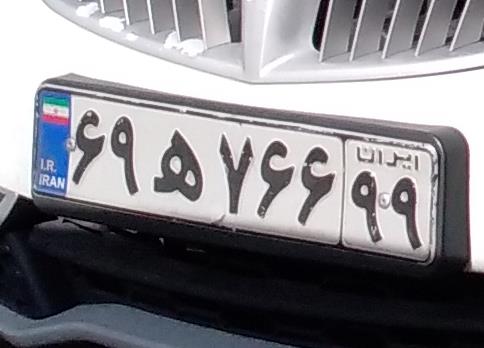
۶۹ه۷۶۶۹۹